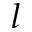
l